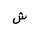
Letter: _shin